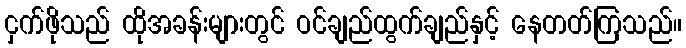
ငှက်ဖိုသည် ထိုအခန်းများတွင် ဝင်ချည်ထွက်ချည်နှင့် နေတတ်ကြသည်။